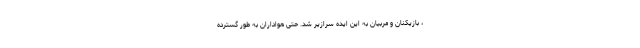
، بازیکنان و مربیان به این ایده سرازیر شد. حتی هواداران به طور گسترده